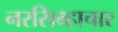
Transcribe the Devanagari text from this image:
नरसिम्हाचार